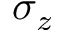
\sigma _ { z }